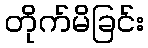
တိုက်မိခြင်း